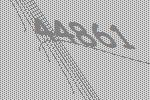
44861